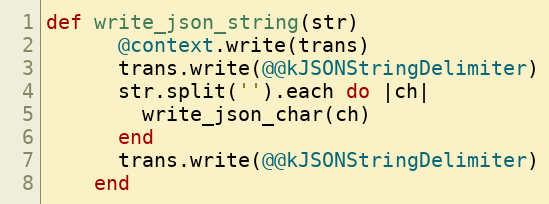
Language: Ruby
def write_json_string(str)
      @context.write(trans)
      trans.write(@@kJSONStringDelimiter)
      str.split('').each do |ch|
        write_json_char(ch)
      end
      trans.write(@@kJSONStringDelimiter)
    end